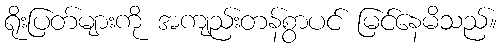
ရိုးပြတ်များကို အကျည်းတန်စွာပင် မြင်နေမိသည်။